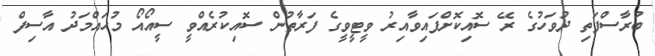
ބުރާސްފަތި ދުވަހުގެ ރޭ ސޮއިކޮށްފައިވާއިރު ވީޓީވީގެ ފަރާތުން ސޮއިކުރެއްވީ ސީއޯއޯ މުޙައްމަދު އާސިފް